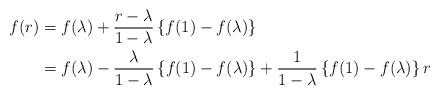
LaTeX: \begin{align*}f(r)&=f(\lambda)+\frac{r-\lambda}{1-\lambda}\left\{f(1)-f(\lambda)\right\}\\&=f(\lambda)-\frac{\lambda}{1-\lambda}\left\{f(1)-f(\lambda)\right\}+\frac{1}{1-\lambda}\left\{f(1)-f(\lambda)\right\}r\end{align*}